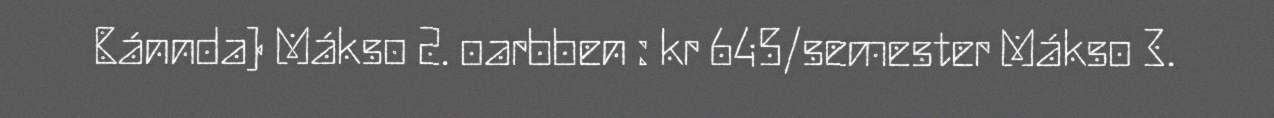
Bánnda) Mákso 2. oarbben : kr 645/semester Mákso 3.